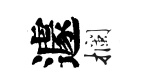
遽攔